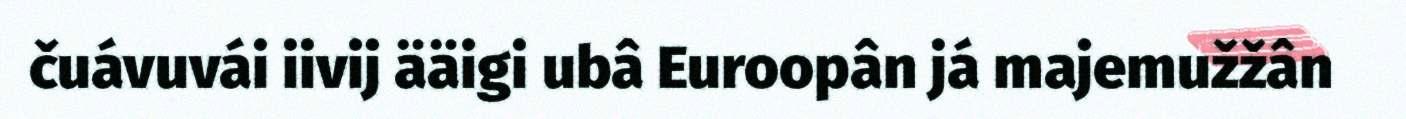
čuávuvái iivij ääigi ubâ Euroopân já majemužžân